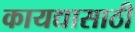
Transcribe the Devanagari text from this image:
कायद्यासाठी